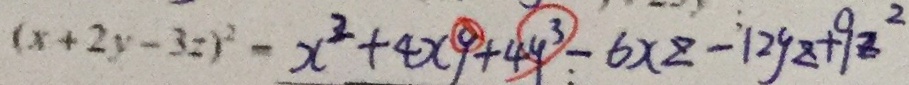
( x + 2 y - 3 2 ) ^ { 2 } - x ^ { 2 } + 4 x y + 4 9 ^ { 3 } - 6 x z - 1 2 y z + 9 z ^ { 2 }